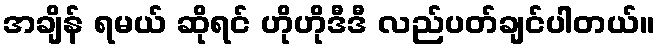
အချိန် ရမယ် ဆိုရင် ဟိုဟိုဒီဒီ လည်ပတ်ချင်ပါတယ်။